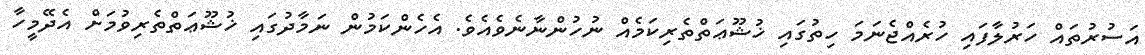
އަސުރުތައް ހަރުލާފައި ހުރެއްޖެނަމަ ހިތުގައި ޚުޝޫޢަތްތެރިކަމެއް ނުހުންނާނެވެއެވެ. އެހެންކަމުން ނަމާދުގައި ޚުޝޫޢަތްތެރިވުމަށް އެދޭމީހާ